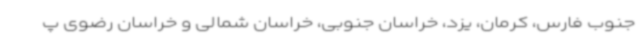
جنوب فارس، کرمان، یزد، خراسان جنوبی، خراسان شمالی و خراسان رضوی پ